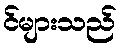
င်များသည်